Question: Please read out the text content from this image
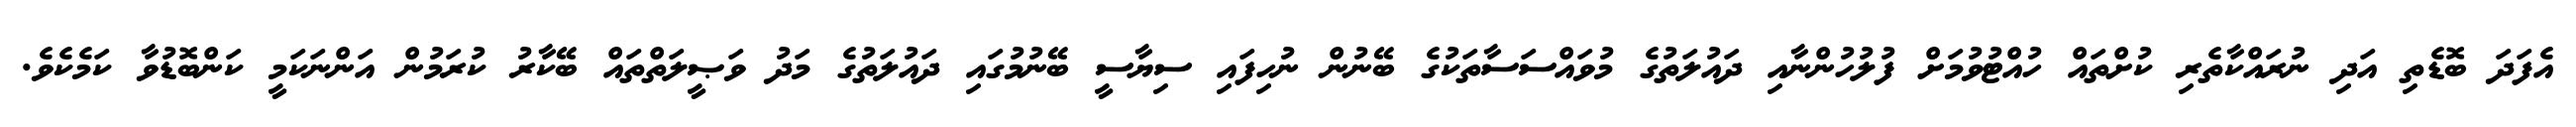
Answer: އެފަދަ ބޮޑެތި އަދި ނުރައްކާތެރި ކުށްތައް ހުއްޓުވުމަށް ފުލުހުންނާއި ދައުލަތުގެ މުވައްސަސާތަކުގެ ބޭނުން ނުހިފައި ސިޔާސީ ބޭނުމުގައި ދައުލަތުގެ މަދު ވަޞީލަތްތައް ބޭކާރު ކުރަމުން އަންނަކަމީ ކަންބޮޑުވާ ކަމެކެވެ.